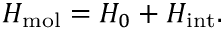
H _ { \mathrm { m o l } } = H _ { 0 } + H _ { \mathrm { i n t } } .